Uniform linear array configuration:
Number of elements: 48
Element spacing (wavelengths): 1
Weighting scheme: hamming
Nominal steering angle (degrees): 15
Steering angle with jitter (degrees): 13.693
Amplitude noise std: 0.05
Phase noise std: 0.05

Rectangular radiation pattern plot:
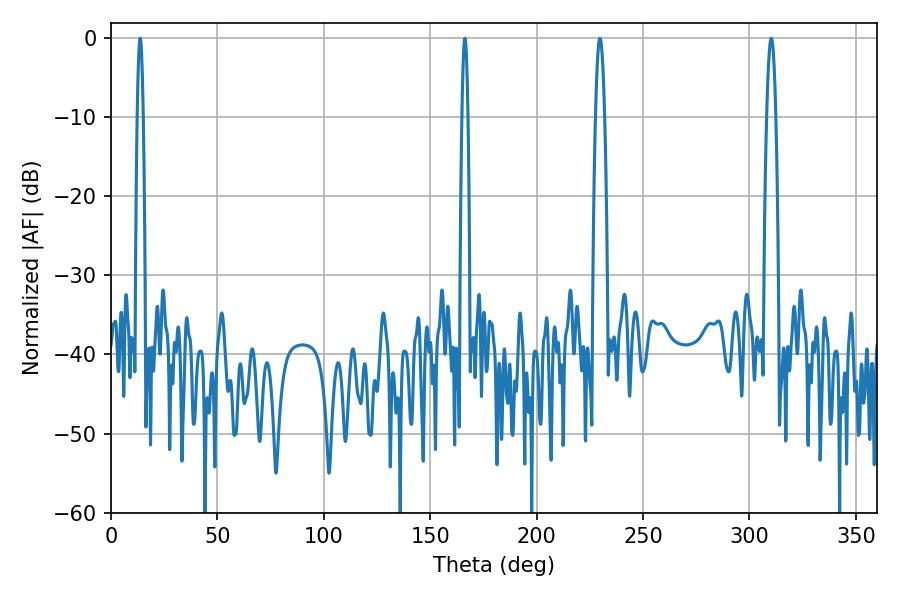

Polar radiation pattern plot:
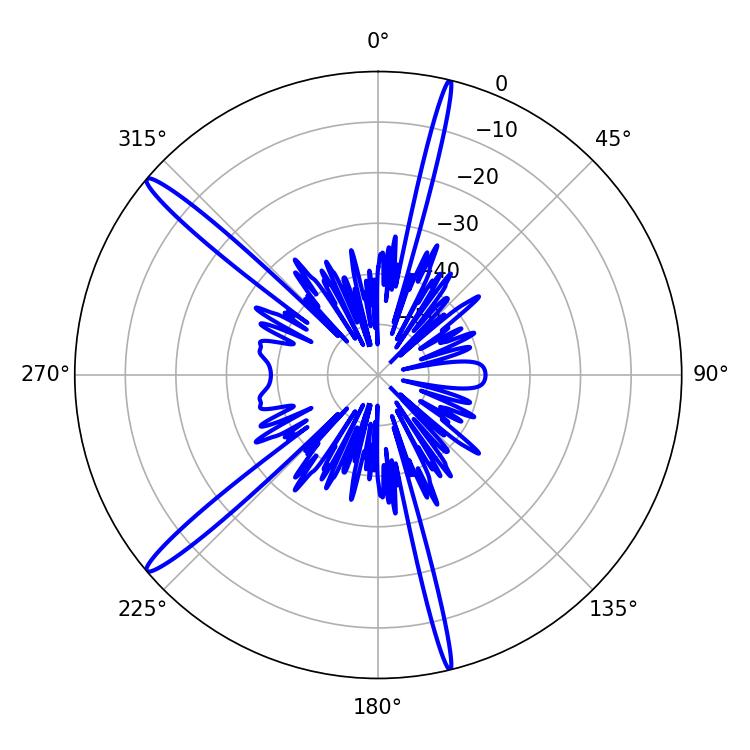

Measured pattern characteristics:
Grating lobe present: TRUE
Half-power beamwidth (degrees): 1.44
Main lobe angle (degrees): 13.68